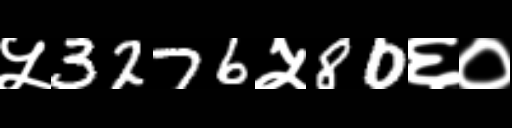
Text: ५3276५80६०